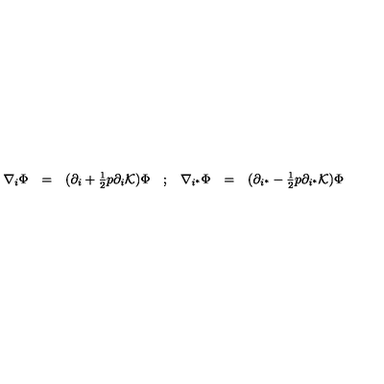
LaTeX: \begin{array} { c c c c c c c } { \nabla _ { i } \Phi } & { = } & { ( \partial _ { i } + { \frac { 1 } { 2 } } p \partial _ { i } { \cal K } ) \Phi } & { ; } & { \nabla _ { i ^ { * } } \Phi } & { = } & { ( \partial _ { i ^ { * } } - { \frac { 1 } { 2 } } p \partial _ { i ^ { * } } { \cal K } ) \Phi } \\ \end{array}